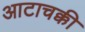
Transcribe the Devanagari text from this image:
आटाचक्की